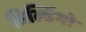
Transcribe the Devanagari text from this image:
बिल्डिंगो